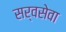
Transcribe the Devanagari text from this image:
सर्वसेवा